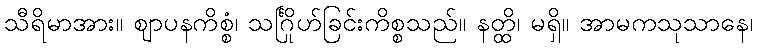
သီရိမာအား။ ဈာပနကိစ္စံ၊ သင်္ဂြိုဟ်ခြင်းကိစ္စသည်။ နတ္ထိ၊ မရှိ။ အာမကသုသာနေ၊